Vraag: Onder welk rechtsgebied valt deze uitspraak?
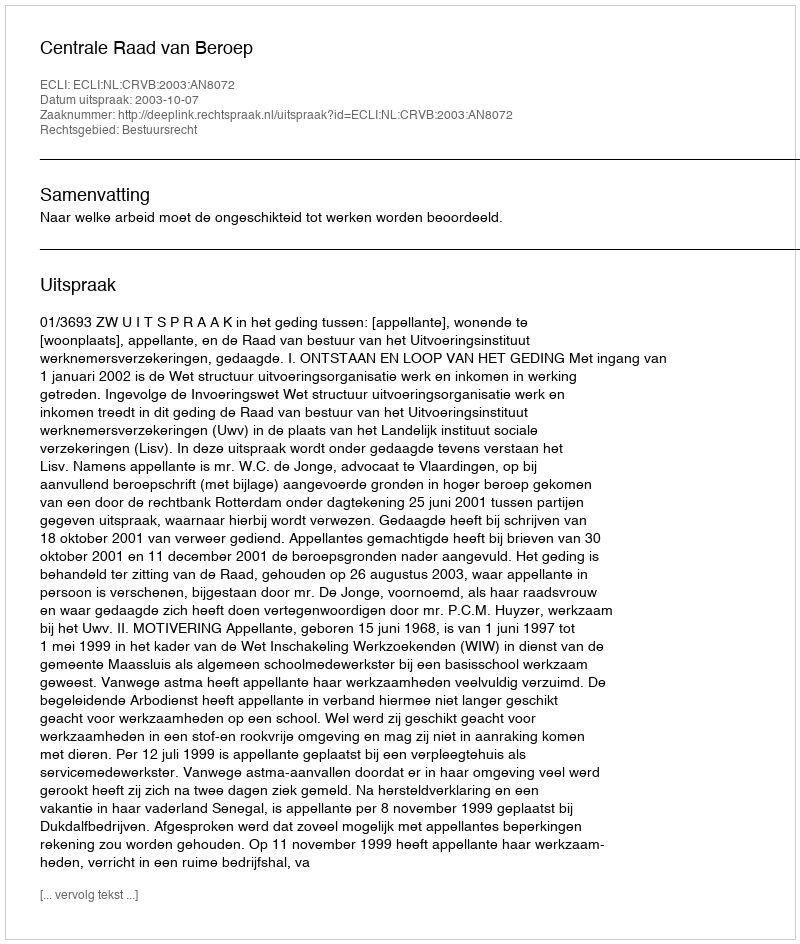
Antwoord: Bestuursrecht